Vaccination in Burma 1900-1911 - 1900-1911
Year: 1900
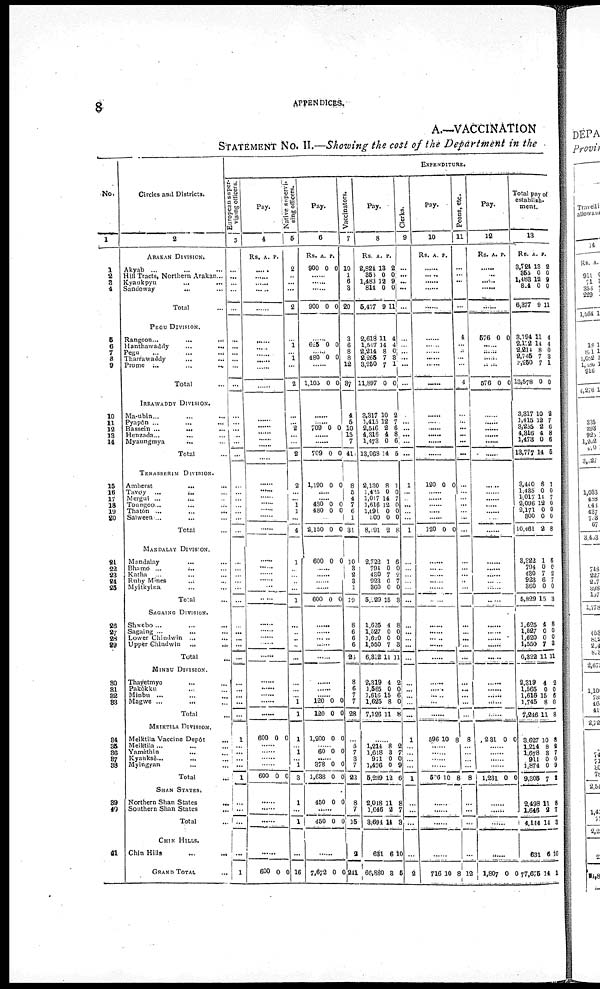
8
APPENDICES.
A.—VACCINATION
STATEMENT NO. II.—Showing the cost of the Department in the
No.
1
1
2
3
4
5
6
7
8
9
10
11
12
13
14
15
16
17 18
19
20
21
22
23 24
25
26
27
28 29
30
31
32 33
34
35
36 37
38
39
40
41
Circles and Districts.
2
ARAKAN DIVISION.
Akyab ... ... ...
Hill Tracts, Northern Arakan...
Kyaukpyu ... ... ...
Sandoway
...
...
Total ...
PEGU DIVISION.
Rangoon...
... ...
Hanthawaddy
...
...
Pegu ... ...
Tharrawaddy ... ...
Prome
...
...
...
Total ...
IRRAWADDY DIVISION.
Ma-ubin... ... ...
Pyapôn ...
...
...
Bassein ...
...
Henzada ... ...
Myaungmya
...
...
Total ...
TENASSERIM DIVISION.
Amherst
...
...
Tavoy ... ...
Mergui ... ...
Toungoo ... ...
Thatôn ...
...
...
Salween ... ... ...
Total ...
MANDALAY DIVISION.
Mandalay ... ...
Bhamo ... ...
Katha ... ...
Ruby Mines ... ...
Myitylna ... ...
Total ...
SAGAING DIVISION.
Shwebo... ... ...
Sagaing ... ... ...
Lower Chindwin ... ...
Upper Chindwin ... ...
Total ...
MINBU DIVISION.
Thayetmyo
...
...
...
Pakôkku ... ... ...
Minbu ... ... ...
Magwe ... ... ...
Total ...
MEIKTILA DIVISION.
Melktila Vaccine Depôt ...
Meiktila
Yamèthin ... ...
Kyanksè ... ...
Myingyan ... ...
Total
...
SHAN
STATES.
Northern Shan States
...
Southern Shan states ...
Total
...
CHIN HILLS.
Chin Hills
...
...
...
GRAND TOTAL ...
EXPENDITURE.
European super-
vising officers.
3
...
...
...
...
...
...
...
...
...
...
...
...
...
...
...
...
...
...
...
...
...
...
...
...
...
...
...
...
...
...
...
...
...
...
...
...
...
...
1
...
... ...
...
1
...
...
...
...
1
Pay.
4
Rs. A. P.
......
......
......
......
......
......
......
......
......
......
......
......
...... ......
......
......
......
......
......
......
......
......
......
......
......
......
...... ......
......
......
......
......
...... ......
......
......
......
......
......
......
600 0 0
......
...... ......
......
600 0 0
......
......
......
600 0 0
Native supervi-
sing officers.
5
2
...
...
...
2
...
1
... 1
...
2
...
... 2
...
...
2
2
...
... 1
1
...
4
1
...
...
...
...
1
...
...
... ...
...
...
...
...
1
1
1
...
... ... 1
3
1
...
1
...
16
Pay.
6
Rs.
900
A.
0
P.
0
......
......
900 0 0
......
625 0 0
...... 180 0 0
......
1,105 0 0
......
...... 709 0 0
......
......
709 0 0
1,190 0 0
......
......
480
480
0
0
0
0
......
2,150 0 0
600 0 0
......
...... ......
......
600 0 0
......
......
...... ......
......
......
......
...... 120
120
0
0
0
0
1,200 0 0
......
60 0 0
......
378
1,638
0
0
0
0
450 0 0
......
450 0 0
......
7,672 0 0
Vaccinators.
7
10
1
0
3
20
3
6
8
8
12
37
4
5
10
15
7
41
8
5
4
7
6
1
31
10
8
2
3
1
19
8
6
6
6
26
8
6
7
7
28
...
5
7 3
7
22
8
7
15
2
241
Pay.
8
Rs.
2,824
353
1,483
814
5,477
A.
13
0
12
0
9
P.
2
0
9
0
11
2,618
1,547
2,214
2,265
8,250
11,897
11
14
8
7
7
0
4
4
0
3
1
0
3,317
1,415
2,516
4,316
1,473
13,068
10
12
2
4
0
14
2
7
6
8
6
5
2,130
1,435
1,017
1,616
1,691
500
8,191
8
0
14
12
0
0
2
1
0
7
0
0
0
8
2,722
794
430
923
360
5,129
1
0
7
6
0
15
6
0
2
7
0
3
1,625
1,627
1,620
1,550
6,322
4
0
0
7
11
8
0
0
3
11
2,319
1,565
1,616
1,625
7,126
4
0
15
8
11
2
0
6
0
8
......
1,214
1,618
911
1,496
5,239
8
3
0
0
12
2
7
0
9
6
2,018
1,646
8,694
631
66,880
11
2
14
6
8
8
7
3
10
5
Clerks.
9
...
...
...
...
...
...
...
...
...
...
...
...
...
...
...
...
...
1
...
...
...
...
...
1
...
...
... ...
...
...
...
...
... ...
...
...
...
...
...
...
1
...
... ...
...
1
...
...
...
...
2
Pay.
10
Rs. A. P.
......
......
......
......
......
......
......
......
......
......
......
......
...... ......
......
......
......
120 0 0
......
......
......
......
......
120 0 0
......
......
......
......
......
......
...... ......
.....
......
.....
......
......
......
596 10 8
......
...... ......
......
526 10 8
......
......
......
......
716 10 8
Peons, etc.
11
...
...
...
...
...
4
... ...
...
...
4
...
...
...
...
...
...
...
...
...
...
...
...
...
...
...
... ...
...
...
...
...
... ...
...
...
...
...
...
...
1
8
...
... ...
...
8
...
...
...
...
12
Pay.
12
Rs A. P.
......
......
......
......
......
576 0 0
......
......
......
......
576 0 0
......
...... ......
......
......
......
......
......
......
......
......
......
......
......
......
...... ......
......
......
......
...... ......
......
......
......
......
231 0 0
......
...... ......
......
1,231 0 0
......
......
......
1,807 0 0
Total pay of
establish-
ment.
13
Rs.
3,724
855
1,488 814
6,377
A.
13
0
12
0
9
P.
2
0
8
0
11
3,194
2,172
2,214
2,745
3,250
13,578
11
14
8
7
7
0
4
4
0
8
1
0
3,317
1,415
3,255
4,816
1,473
13,777
10
12
2
4
0
14
2
7
6
8
6
5
3,440
1,435
1,017
2,096
2,171
800
10,461
8
0
14
12
0
0
2
1
0
7
0
0
0
8
3,322
794
430
923
360
5,829
1
0
7
6
0
15
6
0
2
7
0
3
1,625
1,627
1,620
1,550
6,322
4
0
0
7
11
8
0
0
3
11
2,319
1,665
1,616
1,745
7,246
4
0
15
8
11
2
0
6
0
3
3,627
1,214
1,678
911
1,874
9,805
10
8
3
0
0
7
8
2
7
0
9
2
2,498
1,646
4,144
631
77,676
11
2
14
6
14
8
7
3
10
1